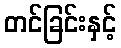
တင်ခြင်းနှင့်